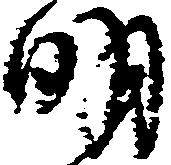
明